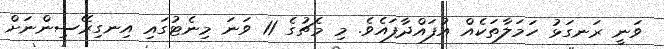
ވަނީ ރަނގަޅު ހަމަލާތަކެއް އުފައްދާފައެވެ. މި މެޗުގެ 11 ވަނަ މިނެޓުގައި އިނގިރޭސިންނަށް